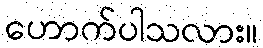
ဟောက်ပါသလား။